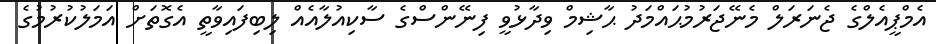
އެމްޕީއެލްގެ ޖެނަރަލް މެނޭޖަރުމުޙައްމަދު ޙާޝިމް ވިދާޅުވީ ފިނޭންސްގެ ސާކިއުލާއެއް ލިބިފައިވާތީ އެގޮތަށް އަމަލުކުރުމުގެ